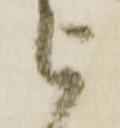
被